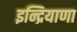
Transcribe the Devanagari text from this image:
इन्द्रियाणा